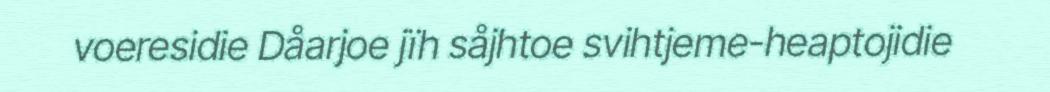
voeresidie Dåarjoe jïh såjhtoe svihtjeme-heaptojidie